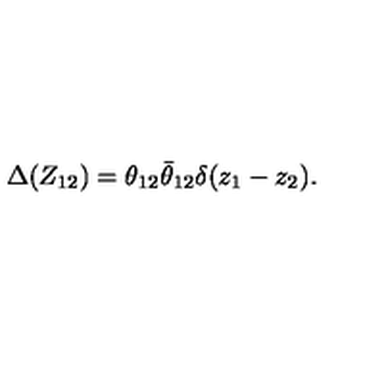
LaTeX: \Delta ( Z _ { 1 2 } ) = \theta _ { 1 2 } { \bar { \theta } } _ { 1 2 } \delta ( z _ { 1 } - z _ { 2 } ) .